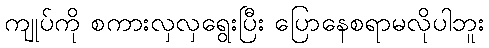
ကျုပ်ကို စကားလှလှရွေးပြီး ပြောနေစရာမလိုပါဘူး